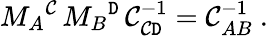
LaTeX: M_{A}{}^{\mathcal{C}}\, M_{B}{}^{\mathtt{D}}\, \mathcal{C}_{\mathcal{C}\mathtt{D}}^{-1}=\mathcal{C}_{AB}^{-1}\ .